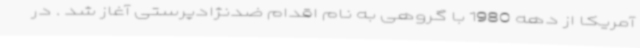
آمریکا از دهه 1980 با گروهی به نام اقدام ضدنژادپرستی آغاز شد . در